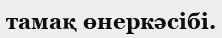
тамақ өнеркәсібі.